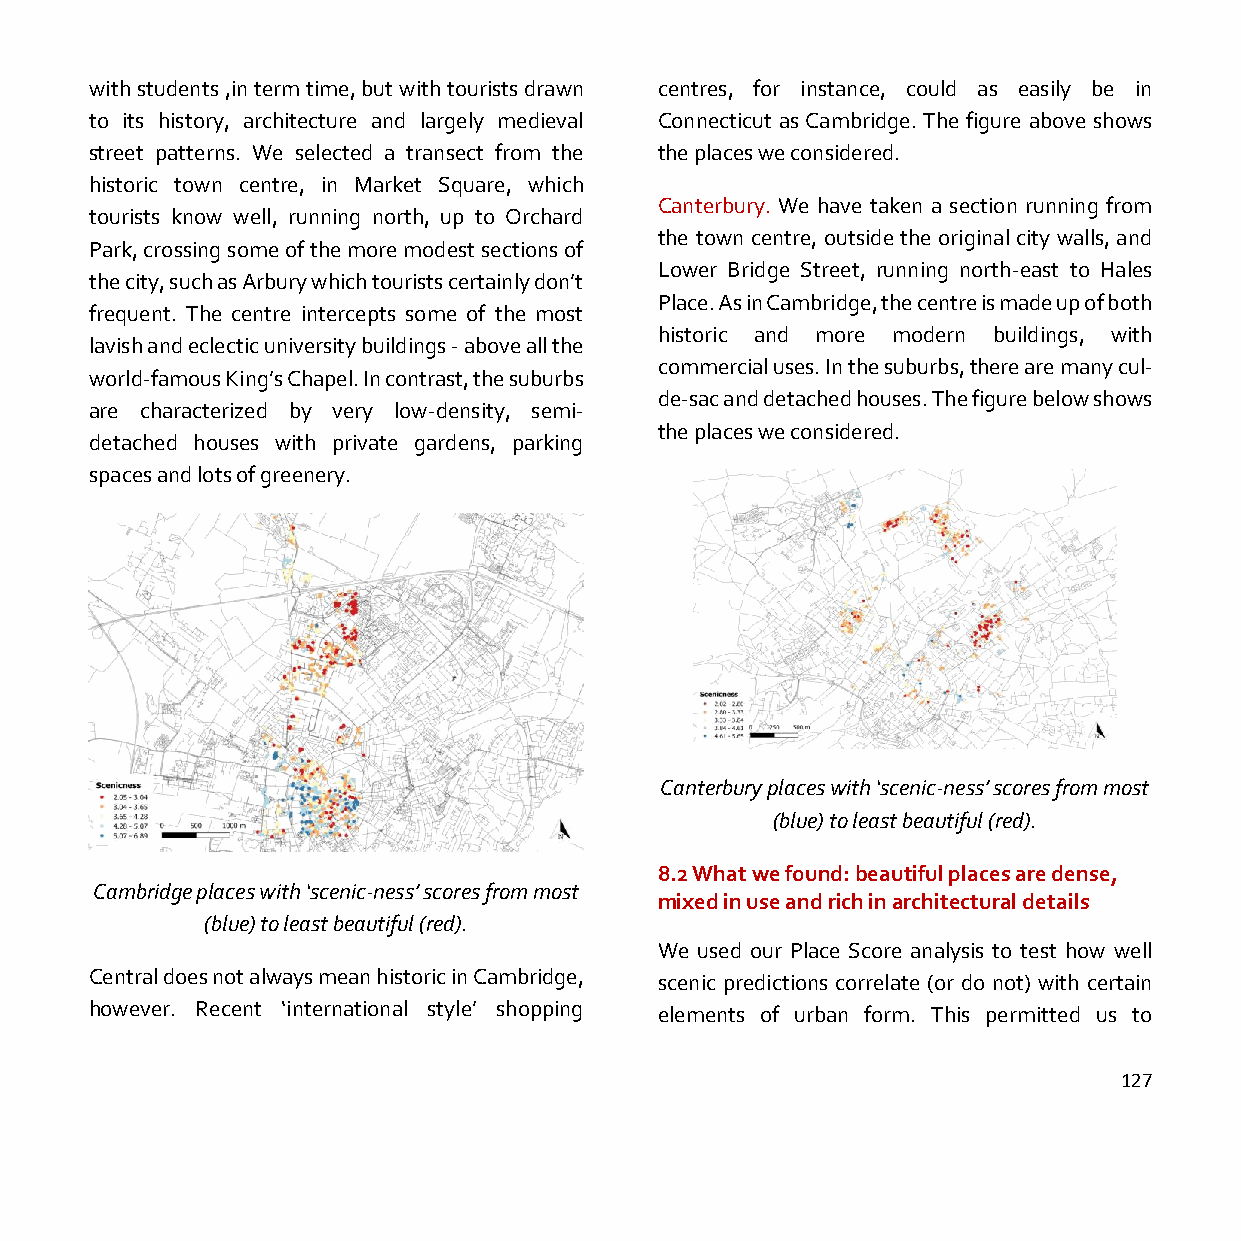
with students ,in term time, but with tourists drawn centres, for instance, could as easily be in
 to its history, architecture and largely medieval Connecticut as Cambridge. The figure above shows
 street patterns. We selected a transect from the the places we considered.
 historic town centre, in Market Square, which
 Canterbury. We have taken a section running from
 tourists know well, running north, up to Orchard
 the town centre, outside the original city walls, and
 Park, crossing some of the more modest sections of
 Lower Bridge Street, running north-east to Hales
 the city, such as Arbury which tourists certainly don’t
 Place. As in Cambridge, the centre is made up of both
 frequent. The centre intercepts some of the most
 historic and more modern buildings, with
 lavish and eclectic university buildings - above all the
 commercial uses. In the suburbs, there are many cul-
 world-famous King’s Chapel. In contrast, the suburbs
 de-sac and detached houses. The figure below shows
 are characterized by very low-density, semi-
 the places we considered.
 detached houses with private gardens, parking
 spaces and lots of greenery.
 Canterbury places with ‘scenic-ness’ scores from most
 (blue) to least beautiful (red).
 8.2 What we found: beautiful places are dense,
 Cambridge places with ‘scenic-ness’ scores from most
 mixed in use and rich in architectural details
 (blue) to least beautiful (red).
 We used our Place Score analysis to test how well
 Central does not always mean historic in Cambridge, scenic predictions correlate (or do not) with certain
 however. Recent ‘international style’ shopping elements of urban form. This permitted us to
 127